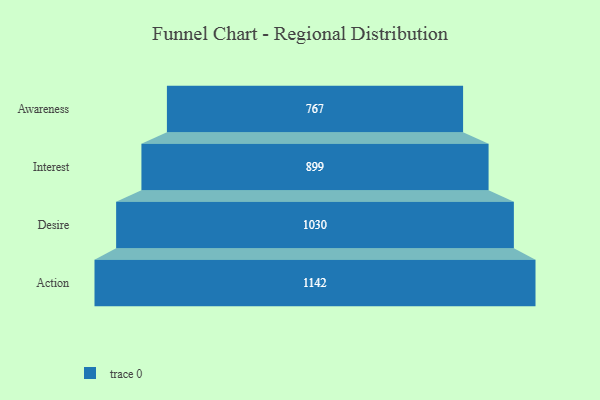
{"axis": {"x": "Stage", "y": "Value"}, "legend": [""], "data": [{"x": "Awareness", "y": 767.0, "type": ""}, {"x": "Interest", "y": 899.0, "type": ""}, {"x": "Desire", "y": 1030.0, "type": ""}, {"x": "Action", "y": 1142.0, "type": ""}]}